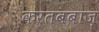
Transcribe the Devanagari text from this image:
करतबबाज़